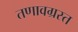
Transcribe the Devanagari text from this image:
तणावग्रस्त